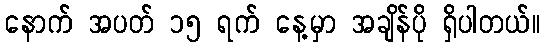
နောက် အပတ် ၁၅ ရက် နေ့မှာ အချိန်ပို ရှိပါတယ်။